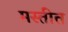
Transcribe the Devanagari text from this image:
मस्तीत